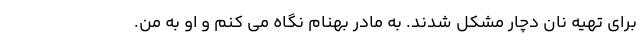
برای تهیه نان دچار مشکل شدند. به مادر بهنام نگاه می کنم و او به من.